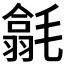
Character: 𣰅